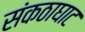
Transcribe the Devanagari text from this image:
संकठाघाट